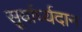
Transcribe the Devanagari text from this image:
सूर्यार्घ्यदान